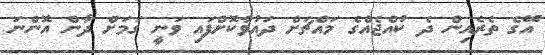
އޭގެ ތެރެއިން ދެ ކުއްޖެއްގެ މައްޗަށް ދައުވާކޮށްފައި ވަނީ ގަމަށް ދާން އޮންނަ